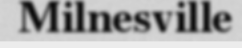
Milnesville